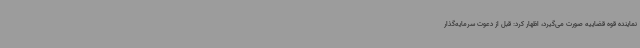
نماینده قوه قضاییه صورت می‌گیرد، اظهار کرد: قبل از دعوت سرمایه‌گذار